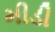
મીડી